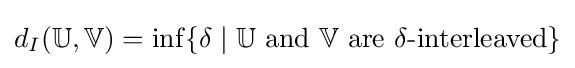
d_{I}(\mathbb {U} ,\mathbb {V} )=\inf\{\delta \mid \mathbb {U} {\text{ and }}\mathbb {V} {\text{ are }}\delta {\text{-interleaved}}\}